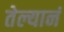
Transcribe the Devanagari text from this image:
तेल्यानं